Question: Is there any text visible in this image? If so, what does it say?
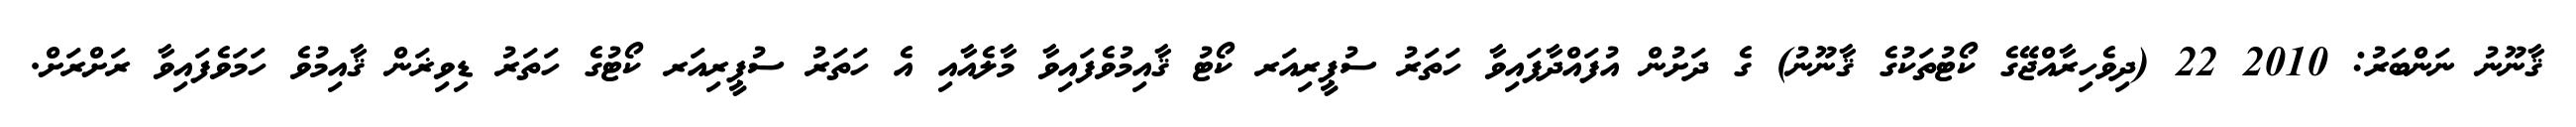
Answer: ޤާނޫނު ނަންބަރު: 2010 22 (ދިވެހިރާއްޖޭގެ ކޯޓުތަކުގެ ޤާނޫނު) ގެ ދަށުން އުފައްދާފައިވާ ހަތަރު ސުޕީރިއަރ ކޯޓު ޤާއިމުވެފައިވާ މާލެއާއި އެ ހަތަރު ސުޕީރިއަރ ކޯޓުގެ ހަތަރު ޑިވިޜަން ޤާއިމުވެ ހަމަވެފައިވާ ރަށްރަށް.